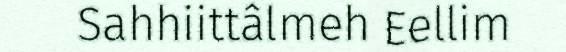
Sahhiittâlmeh Eellim